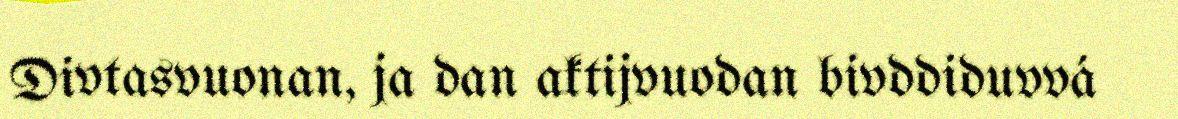
Divtasvuonan, ja dan aktijvuodan bivddiduvvá